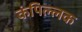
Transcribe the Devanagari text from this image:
कंपिल्लक